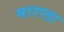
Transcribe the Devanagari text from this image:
माराठा